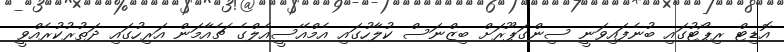
އޮޑިޓް ރިޕޯޓުގައި ބުނެފައިވަނީ ސިންގަޕޫރަށް ބިޒްނަސް ކުލާހުގައި އެމްއޭސީއެލްގެ ޗެއާމަން އަރިހުގައި ދަތުރުކުރެއްވީ